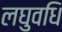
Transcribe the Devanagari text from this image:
लघुवधि